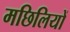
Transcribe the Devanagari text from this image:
मछिलियों